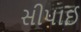
સીપાઈ